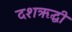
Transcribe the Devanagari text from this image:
दशऋद्धी